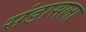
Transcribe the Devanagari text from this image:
संडासला